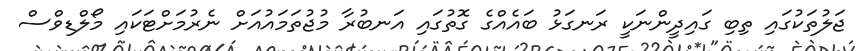
ޖަލުތަކުގައި ތިބި ގައިދީންނަކީ ރަނގަޅު ބައެއްގެ ގޮތުގައި އަނބުރާ މުޖުތަމައުއަށް ނެރުމަށްޓަކައި މޯލްޑިވްސް